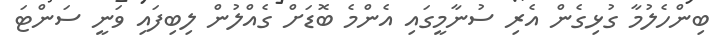
ބިންހެލުމާ ގުޅިގެން އެރި ސުނާމީގައި އެންމެ ބޮޑަށް ގެއްލުން ލިބިފައި ވަނީ ސަންޓަ